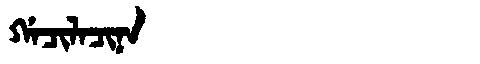
Manchu: ᡤᠠᠴᡳᠯᠠᠴᡳᠨᠠ
Romanization: GACILACINA